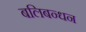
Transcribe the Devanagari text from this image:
बलिबन्धन